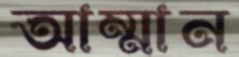
আম্মান